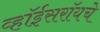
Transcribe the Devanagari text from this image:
व्हॉईसरॉयचे